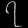
Digit: ၇